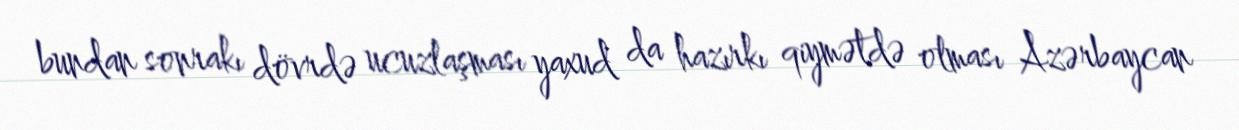
bundan sonrakı dövrdə ucuzlaşması yaxud da hazırkı qiymətdə olması Azərbaycan